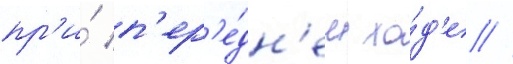
пр'и́ п'ер'е́дн'ем хо́д'е //